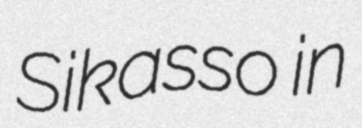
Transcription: Sikasso in